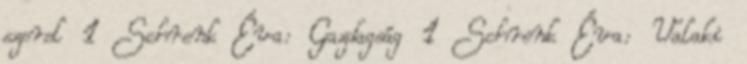
szerel 1 Schrenk Éva: Gazdagság 1 Schrenk Éva: Valaki